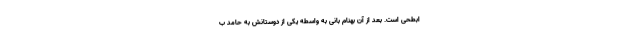
ابطحی است. بعد از آن بهنام بانی به واسطه یکی از دوستانش به حامد ب